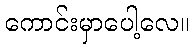
ကောင်းမှာပေါ့လေ။